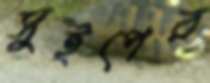
সুইপের